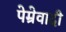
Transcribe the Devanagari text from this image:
पेम्रेवादी